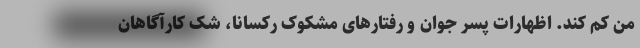
من کم کند. اظهارات پسر جوان و رفتارهای مشکوک رکسانا، شک کارآگاهان